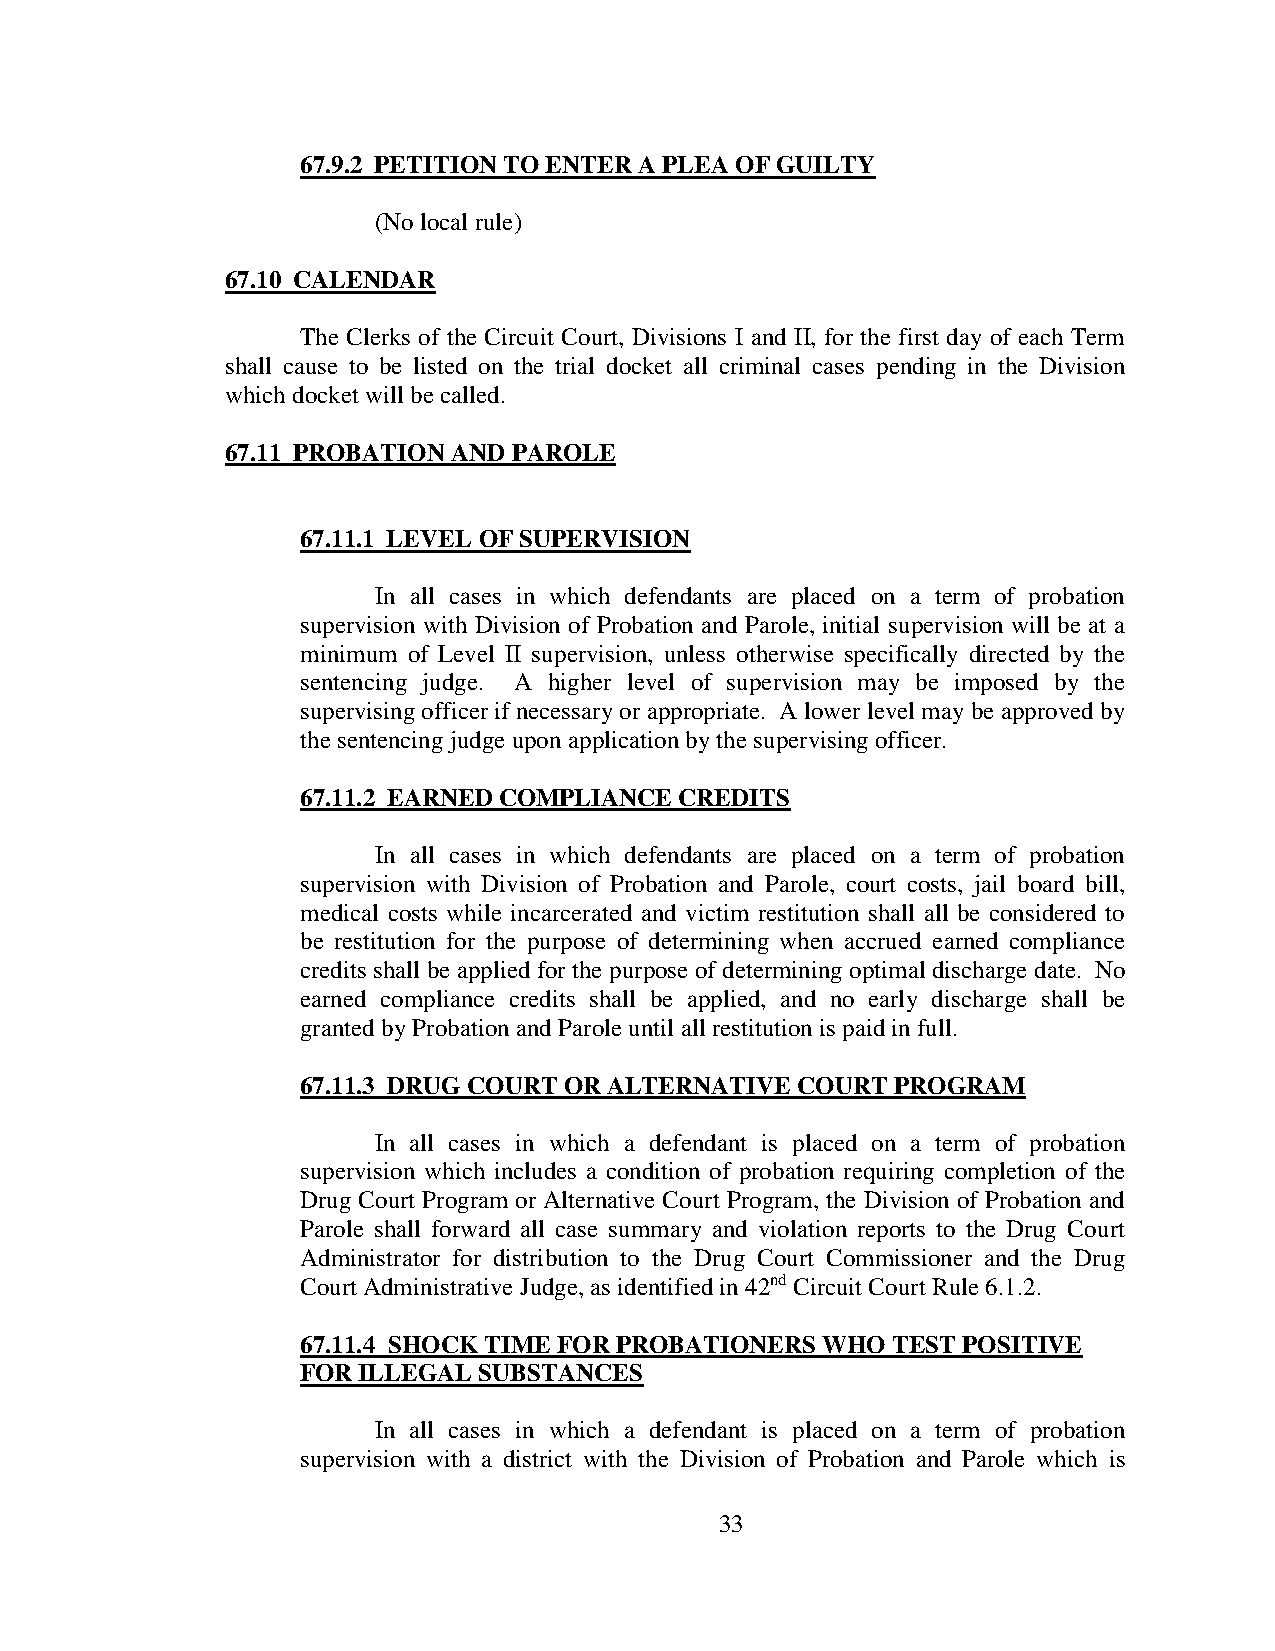
67.9.2 PETITION TO ENTER A PLEA OF GUILTY
 (No local rule)
 67.10 CALENDAR
 The Clerks of the Circuit Court, Divisions I and II, for the first day of each Term
 shall cause to be listed on the trial docket all criminal cases pending in the Division
 which docket will be called.
 67.11 PROBATION AND PAROLE
 67.11.1 LEVEL OF SUPERVISION
 In all cases in which defendants are placed on a term of probation
 supervision with Division of Probation and Parole, initial supervision will be at a
 minimum of Level II supervision, unless otherwise specifically directed by the
 sentencing judge. A higher level of supervision may be imposed by the
 supervising officer if necessary or appropriate. A lower level may be approved by
 the sentencing judge upon application by the supervising officer.
 67.11.2 EARNED COMPLIANCE CREDITS
 In all cases in which defendants are placed on a term of probation
 supervision with Division of Probation and Parole, court costs, jail board bill,
 medical costs while incarcerated and victim restitution shall all be considered to
 be restitution for the purpose of determining when accrued earned compliance
 credits shall be applied for the purpose of determining optimal discharge date. No
 earned compliance credits shall be applied, and no early discharge shall be
 granted by Probation and Parole until all restitution is paid in full.
 67.11.3 DRUG COURT OR ALTERNATIVE COURT PROGRAM
 In all cases in which a defendant is placed on a term of probation
 supervision which includes a condition of probation requiring completion of the
 Drug Court Program or Alternative Court Program, the Division of Probation and
 Parole shall forward all case summary and violation reports to the Drug Court
 Administrator for distribution to the Drug Court Commissioner and the Drug
 Court Administrative Judge, as identified in 42nd Circuit Court Rule 6.1.2.
 67.11.4 SHOCK TIME FOR PROBATIONERS WHO TEST POSITIVE
 FOR ILLEGAL SUBSTANCES
 In all cases in which a defendant is placed on a term of probation
 supervision with a district with the Division of Probation and Parole which is
 33